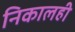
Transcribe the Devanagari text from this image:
निकालही